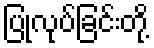
ပြုလုပ်ခြင်းတို့